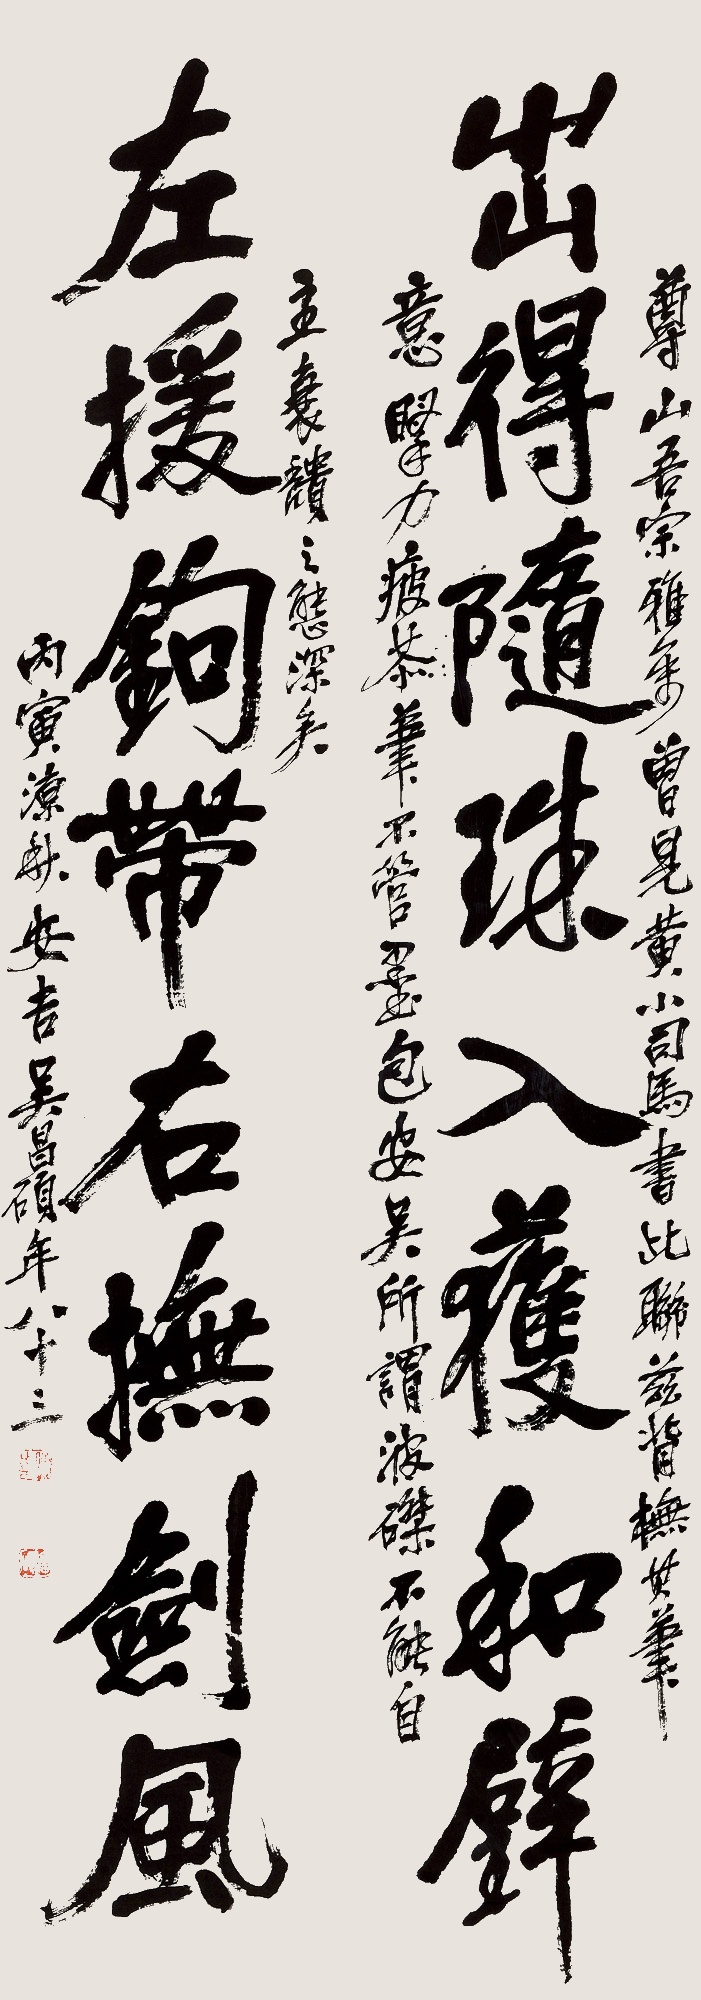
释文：出得随珠入获和璧，左援钩带右抚剑风。尊山吾宗雅属。曾见黄小松司马书此联，兹背摹其意，腕力疲恭，笔不管墨，岂包安吴所谓波磔不能自主，衰颓之气深耶！丙寅凉秋，吴昌硕年八十三。